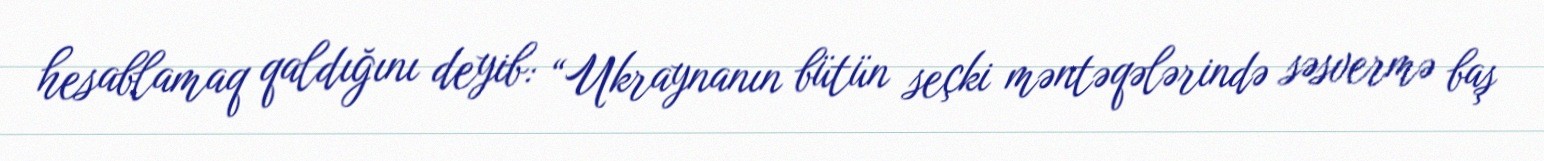
hesablamaq qaldığını deyib: “Ukraynanın bütün seçki məntəqələrində səsvermə baş